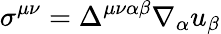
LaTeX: \sigma^{\mu\nu}=\Delta^{\mu\nu\alpha\beta}\nabla_{\alpha}u_{\beta}